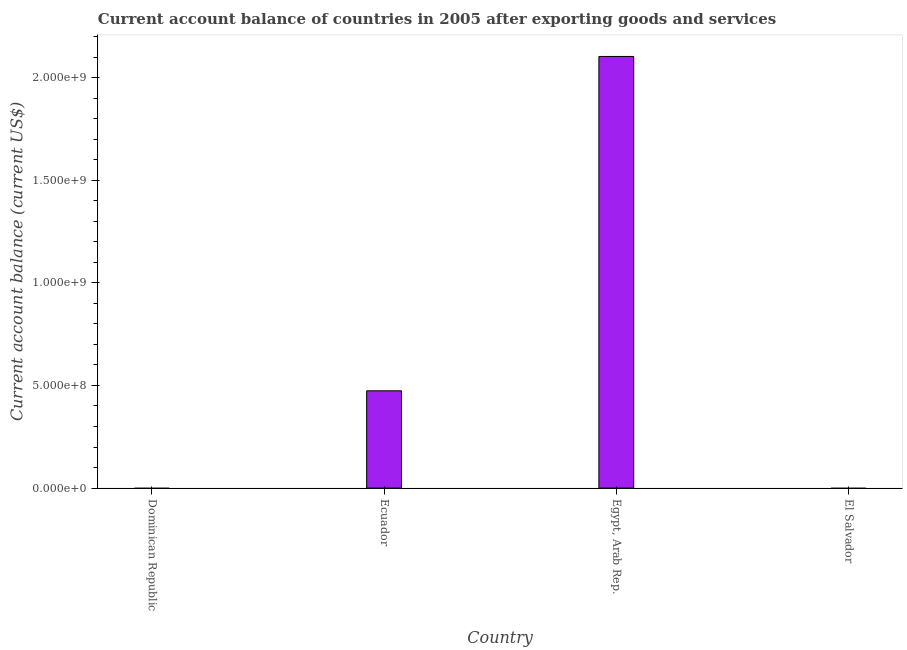
| Country | Current account balance |
 | --- | --- |
 | Dominican Republic | -4.73e+08 |
 | Ecuador | 4.74e+08 |
 | Egypt, Arab Rep. | 2.1e+09 |
 | El Salvador | -6.22e+08 |